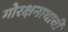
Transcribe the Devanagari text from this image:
गोरक्षनाथाची